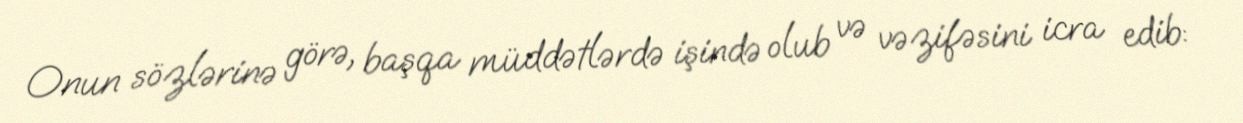
Onun sözlərinə görə, başqa müddətlərdə işində olub və vəzifəsini icra edib: